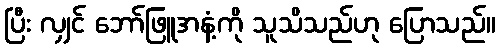
ပြီး လျှင် ဘော်ဖြူအနံ့ကို သူသိသည်ဟု ပြောသည်။